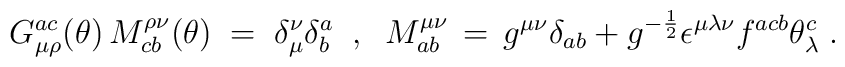
G_{\mu\rho}^{ac}(\theta)\, M^{\rho\nu}_{cb}(\theta) \;=\;\delta_\mu^\nu \delta^a_b \;\;,\;\;M^{\mu\nu}_{ab}\,=\, g^{\mu\nu}\delta_{ab} +  g^{-\frac{1}{2}}\epsilon^{\mu\lambda\nu} f^{acb} \theta_\lambda^c\;.